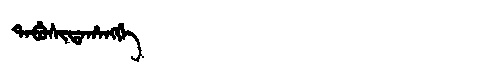
Manchu: ᡨᠠᠪᡠᠰᡳᡨᠠᡥᠠᠩᡤᡝ
Romanization: TABUSITAHANGGE